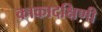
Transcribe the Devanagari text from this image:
काकादक्षिणी